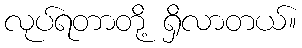
လုပ်ရတာတို့ ရှိလာတယ်။